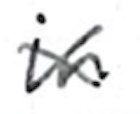
Text: in
Cross-out: cross
Writing tool: ballpoint